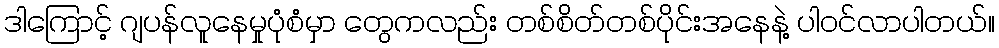
ဒါကြောင့် ဂျပန်လူနေမှုပုံစံမှာ တွေကလည်း တစ်စိတ်တစ်ပိုင်းအနေနဲ့ ပါဝင်လာပါတယ်။